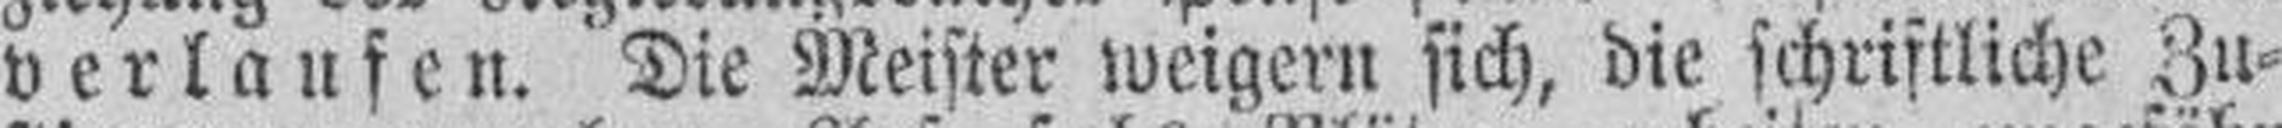
verlaufen. Die Meister weigern sich, die schriftliche Zu¬